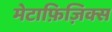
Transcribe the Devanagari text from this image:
मेटाफ़िज़िक्स